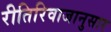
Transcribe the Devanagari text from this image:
रीतिरिवाजानुसार